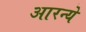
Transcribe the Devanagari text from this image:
आरन्ये